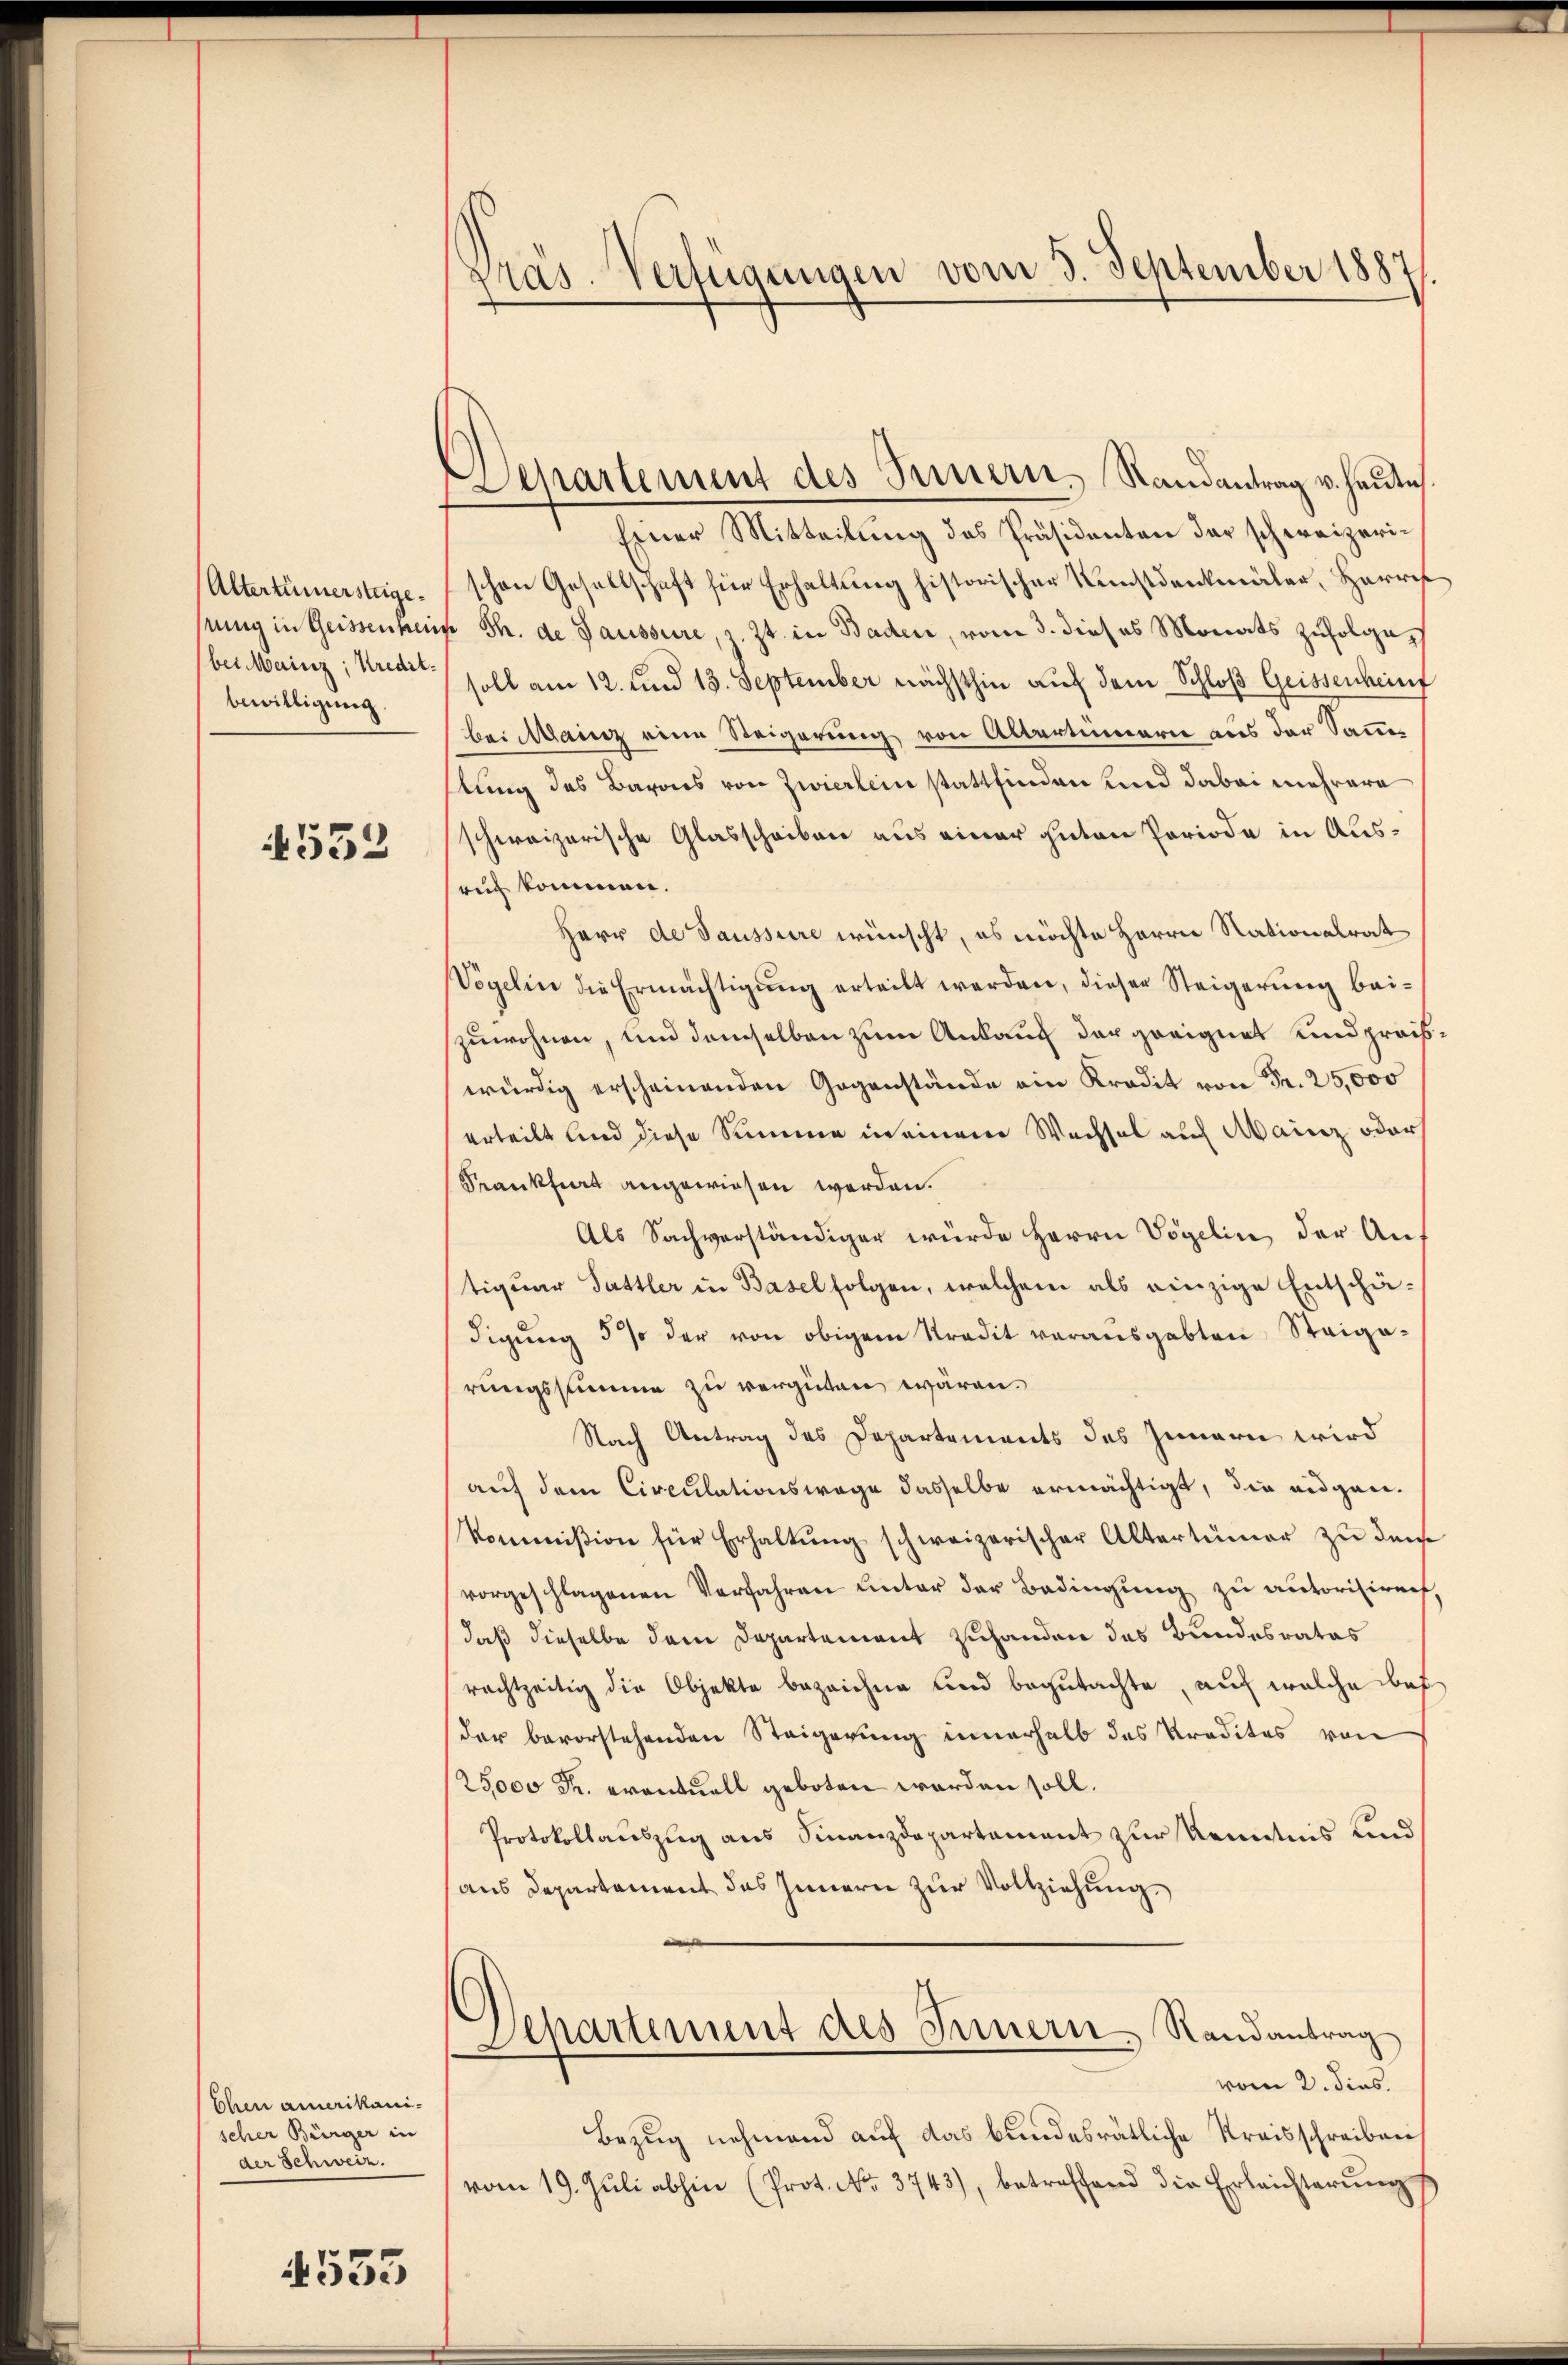
Altertümersteige.
beiMMainz, Kredit.
bewilligung.

532

Ehen amerikani-
scher Bürger in
der Schweiz.

533

Präs. Verfügungen vom 3. September 1887.

Departement des Innern, Randantrag v. Heute.

Einer Mitteilung des Präsidenten der schweizerischen Gesellschaft für Erhaltung historischer Kunstdenkmäler, Herret
sung in Geissenheim Th. de Gaussure, z. Zt. in Baden, vom 3. dieses Monats zufolge
soll am 12. und 13. September nächsthin auf dem Schloß Geissenhein
bei Mainz eine Steigerung von Albertinarie aus der Sammer
stung des Barons von Zwierlein stattfinden und dabei mehrere
schweizerische Glasscheiben aus einer guten Periode in Ausruch kommen.
Herr de Saussure wünscht, es möchte Herrn Rationalrat
Vögelin die Ermächtigŭng erteilt werden, dieser Steigerŭng bei-
zuwohnen, und demselben zum Ankauf der geeignet und preiswürdig erscheinenden Gegenstände ein Kredit von Fr. 25,000
erteilt und diese Summe in einem Wechsel auf Mainz oder
Frankheit angewiesen werden.
Als Sachverständiger würde Herrn Vögelin, der An-
tiquer Sattler in Basel folgen, welchem als einzige Entschädigŭng 5% der von obigem Stradit vorausgabten Steigehrungssumme zu vergüten wären.
Nach Antrag des Departements des Innern wird
auf dem Circulationswage dasselbe ermächtigt, die eidgan¬
Kommißion für Erhaltung schweizerischer Altertümer zu dem
vorgeschlagenen Verfahren unter der Bedingung zu autorisiren,
daß dieselbe dem Departement zuhanden das Bundesrates
rachtzeitig die Objekte bezeichne und begutachte, auf welche des
der bevorstehenden Steigerung innerhalb das Predites von
25,000 Fr. eventuell geboten worden soll.
Protokollauszug aus Finanzdepartament zur Kenntnis und
aus Departement das Innern zur Vollziehung.
Departement des Innern, Randantrag
vom 2. dies
Bezug nehmend auf das bundesrätliche Kreisschreiben
vom 19. Jŭli abhin (Prot. No. 3743), betreffend die Erleichterŭngs